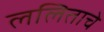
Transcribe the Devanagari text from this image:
ललिताचे